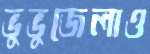
ভুভুজেলাও